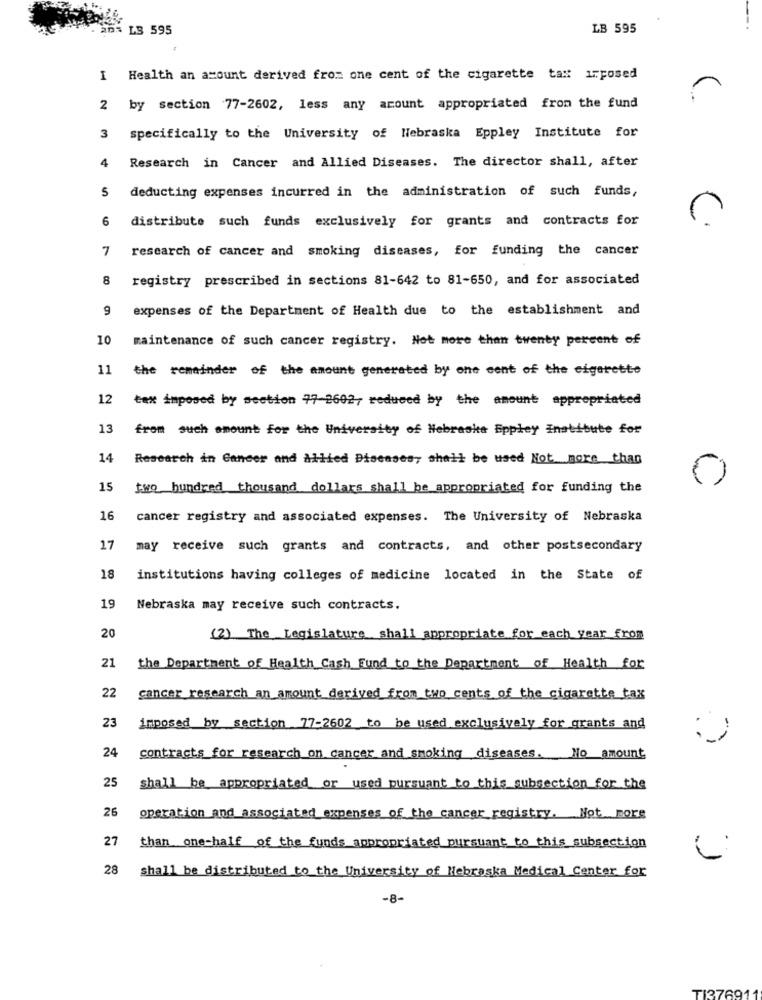
LB 595
LB 595
I Health an amount derived from one cent of the cigarette tax irposed
2 by section 77-2602, less any acount appropriated from the fund
3
specifically to the University of Nebraska Eppley Institute for
4
Research in Cancer and Allied Diseases. The director shall, after
5
deducting expenses incurred in the administration of such funds,
6
distribute such funds exclusively for grants and contracts for
7
research of cancer and smoking diseases, for funding the cancer
8
registry prescribed in sections 81-642 to 81-650, and for associated
expenses of the Department of Health due to the establishment and
10
maintenance of such cancer registry. Not more than twenty percent of
11
the remainder of the amount generated by one cent of the eigerette
12
tax imposed by section 77 2602, reduced by the amount appropriated
13
from such amount for the University of Nebraska Eppley Institute for
14
Research in Cancer and Milied Diseases, shall be used Not more than
15
two hundred thousand dollars shall be appropriated for funding the
16
cancer registry and associated expenses. The University of Nebraska
17
may receive such grants and contracts, and other postsecondary
18
institutions having colleges of medicine located in the State of
19
Nebraska may receive such contracts.
20
(2) The Legislature shall appropriate for each year from
21
the Department of Health Cash Fund to the Department of Health for
22
cancer research an amount derived from two cents of the cigarette tax
23
imposed by section 77-2602 to be used exclusively for grants and
24
contracts for research on cancer and smoking diseases. No amount
25
shall be appropriated or used pursuant to this subsection for the
26
operation and associated expenses of the cancer registry. Not more
27
than one-half of the funds appropriated pursuant to this subsection
28 shall be distributed to the University of Nebraska Medical Center for
-8-
TI3769